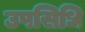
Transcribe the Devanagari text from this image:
उपसिधि